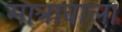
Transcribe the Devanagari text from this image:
मात्रावाला